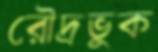
রৌদ্রভুক